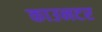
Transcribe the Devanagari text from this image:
काउनटर